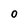
Character: 0